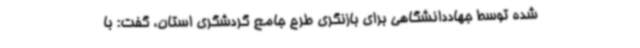
شده توسط جهاددانشگاهی برای بازنگری طرح جامع گردشگری استان، گفت: با